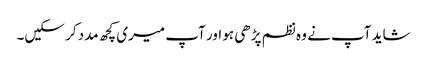
شاید آپ نے وہ نظم پڑھی ہو اور آپ میری کچھ مدد کر سکیں۔